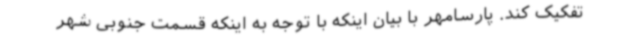
تفکیک کند. پارسامهر با بیان اینکه با توجه به اینکه قسمت جنوبی شهر